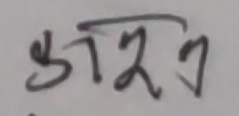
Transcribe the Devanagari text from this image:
कूजन